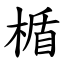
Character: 楯